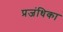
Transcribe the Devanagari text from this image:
प्रजंधिका